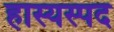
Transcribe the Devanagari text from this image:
हास्यस्पद